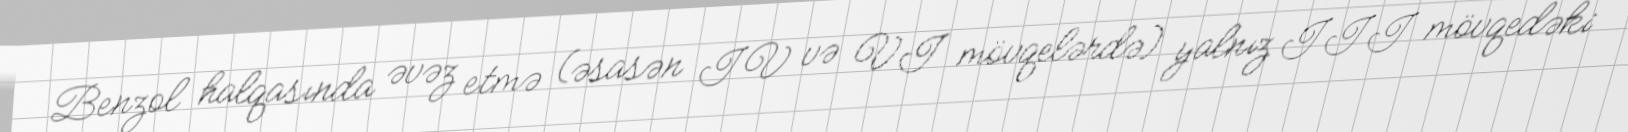
Benzol halqasında əvəz etmə (əsasən IV və VI mövqelərdə) yalnız III mövqedəki